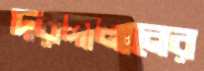
দরদালানের